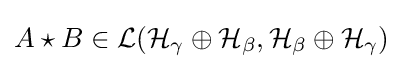
A\star B\in {\mathcal {L(H_{\gamma }\oplus H_{\beta },H_{\beta }\oplus H_{\gamma })}}